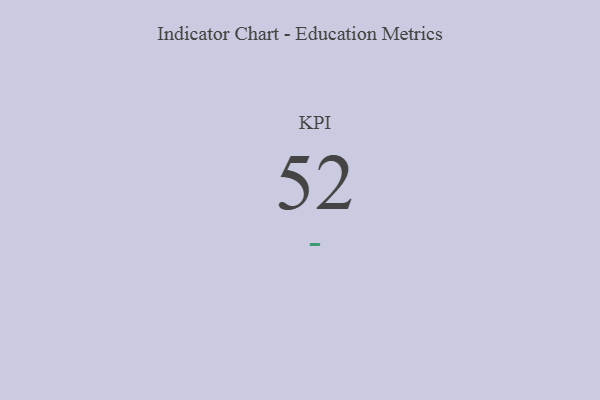
{"axis": {"x": "KPI", "y": "Value"}, "legend": [""], "data": [{"x": "KPI", "y": 52, "type": ""}]}